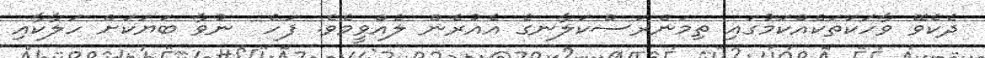
ދެކެވޭ ވާހަކަތަކެއްކަމުގައި ތިމަންރަސްކަލާނގެ އެއުރެން ލެއްވީމެވެ. ފަހެ  ނުވާ ބަޔަކަށް ހަލާކާއި